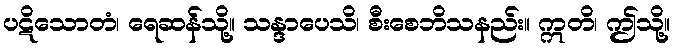
ပဋိသောတံ၊ ရေဆန်သို့။ သန္ဒာပေသိ၊ စီးစေဘိသနည်း။ ဣတိ၊ ဤသို့။